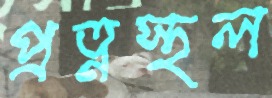
প্রত্নস্থল